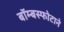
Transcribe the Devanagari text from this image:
बॉम्बस्फोटाने